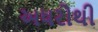
અધરોથી